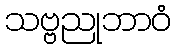
သဗ္ဗညုဘာဝံ